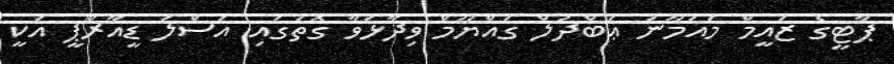
ޕާޓީގެ ޒައީމް މައުމޫނު ޢަބްދުލް ގައްޔޫމް ވިދާޅުވާ ގޮތުގައި އަސްލު ޑީއާރްޕީ އަކީ